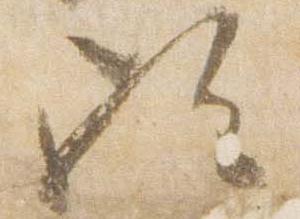
歟